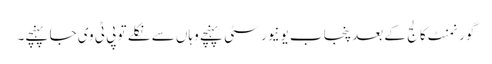
گورنمنٹ کالج کے بعد پنجاب یونیورسٹی پہنچے وہاں سے نکلے تو پی ٹی وی جا پہنچے۔